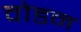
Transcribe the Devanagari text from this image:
वोडन